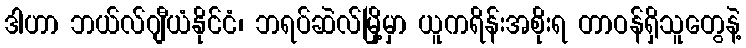
ဒါဟာ ဘယ်လ်ဂျီယံနိုင်ငံ၊ ဘရပ်ဆဲလ်မြို့မှာ ယူကရိန်းအစိုးရ တာဝန်ရှိသူတွေနဲ့